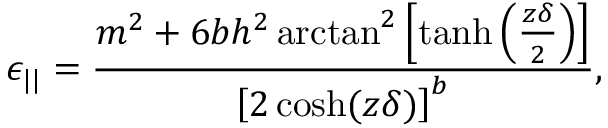
\epsilon _ { | | } = \frac { m ^ { 2 } + 6 b h ^ { 2 } \arctan ^ { 2 } \left[ \operatorname { t a n h } \left( \frac { z \delta } { 2 } \right) \right] } { \left[ 2 \cosh ( z \delta ) \right] ^ { b } } ,